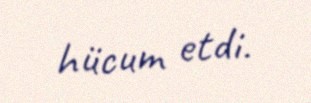
hücum etdi.